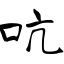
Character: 吭